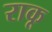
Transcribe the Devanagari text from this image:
राकू